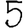
Digit: 5